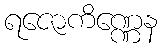
ရဇောကိဏ္ဏေန